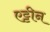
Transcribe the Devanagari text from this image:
एट्टीन